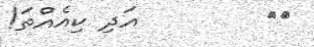
٤٠        އަދި ކިއެއްތަ!